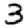
Digit: 3